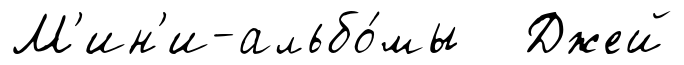
М'ин'и-альбо́мы Джей